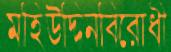
মহিউদ্দিনবিরোধী